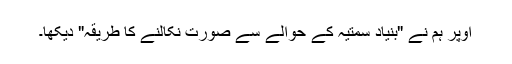
اوپر ہم نے "بنیاد سمتیہ کے حوالے سے صورت نکالنے کا طریقہ" دیکھا۔